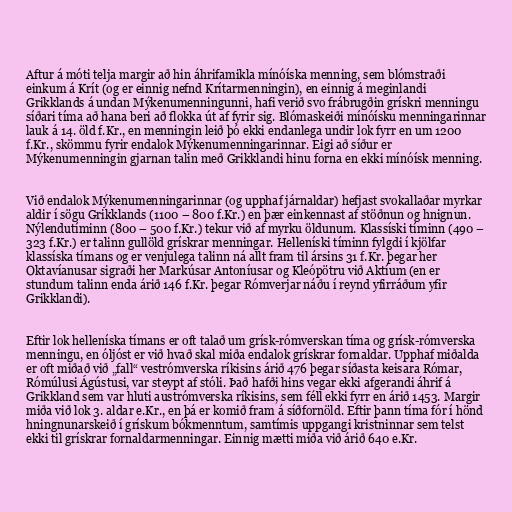
Aftur á móti telja margir að hin áhrifamikla mínóíska menning, sem blómstraði
einkum á Krít (og er einnig nefnd Krítarmenningin), en einnig á meginlandi
Grikklands á undan Mýkenumenningunni, hafi verið svo frábrugðin grískri menningu
síðari tíma að hana beri að flokka út af fyrir sig. Blómaskeiði mínóísku menningarinnar
lauk á 14. öld f.Kr., en menningin leið þó ekki endanlega undir lok fyrr en um 1200
f.Kr., skömmu fyrir endalok Mýkenumenningarinnar. Eigi að síður er
Mýkenumenningin gjarnan talin með Grikklandi hinu forna en ekki mínóísk menning.

Við endalok Mýkenumenningarinnar (og upphaf járnaldar) hefjast svokallaðar myrkar
aldir í sögu Grikklands (1100 – 800 f.Kr.) en þær einkennast af stöðnun og hnignun.
Nýlendutíminn (800 – 500 f.Kr.) tekur við af myrku öldunum. Klassíski tíminn (490 –
323 f.Kr.) er talinn gullöld grískrar menningar. Helleníski tíminn fylgdi í kjölfar
klassíska tímans og er venjulega talinn ná allt fram til ársins 31 f.Kr. þegar her
Oktavíanusar sigraði her Markúsar Antoníusar og Kleópötru við Aktíum (en er
stundum talinn enda árið 146 f.Kr. þegar Rómverjar náðu í reynd yfirráðum yfir
Grikklandi).

Eftir lok helleníska tímans er oft talað um grísk-rómverskan tíma og grísk-rómverska
menningu, en óljóst er við hvað skal miða endalok grískrar fornaldar. Upphaf miðalda
er oft miðað við „fall“ vestrómverska ríkisins árið 476 þegar síðasta keisara Rómar,
Rómúlusi Ágústusi, var steypt af stóli. Það hafði hins vegar ekki afgerandi áhrif á
Grikkland sem var hluti austrómverska ríkisins, sem féll ekki fyrr en árið 1453. Margir
miða við lok 3. aldar e.Kr., en þá er komið fram á síðfornöld. Eftir þann tíma fór í hönd
hningnunarskeið í grískum bókmenntum, samtímis uppgangi kristninnar sem telst
ekki til grískrar fornaldarmenningar. Einnig mætti miða við árið 640 e.Kr.